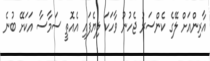
އާރިންއަށް ލޭގެ ކެންސަރު ޖެހުނު ވާހަކަ ލިޔެފައި އެއޮތީ ސަމާސާ އަކަށޭ ބުނެ